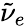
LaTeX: {\tilde{\nu}}_{e}